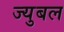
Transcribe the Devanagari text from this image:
ज्युबल